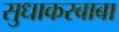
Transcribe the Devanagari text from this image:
सुधाकरबाबा